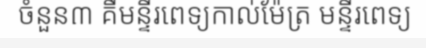
ចំនួន៣ គឺមន្ទីរពេទ្យកាល់ម៉ែត្រ មន្ទីរពេទ្យ